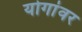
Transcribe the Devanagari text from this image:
योगांवर